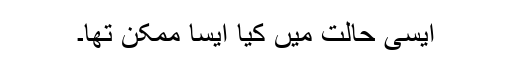
ایسی حالت میں کیا ایسا ممکن تھا۔